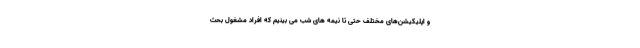
و اپلیکیشن‌های مختلف حتی تا نیمه های شب می بینیم که افراد مشغول بحث